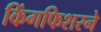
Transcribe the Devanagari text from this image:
किंगफिशरने